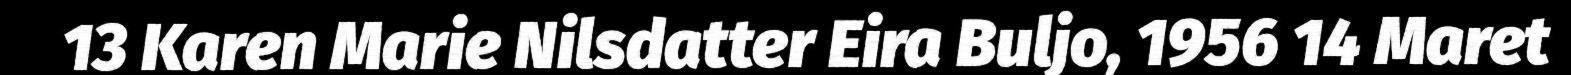
13 Karen Marie Nilsdatter Eira Buljo, 1956 14 Maret